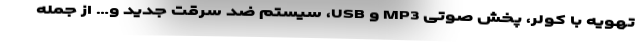
تهویه با کولر، پخش صوتی MP3 و USB، سیستم ضد سرقت جدید و… از جمله